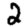
Digit: 2